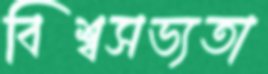
বিশ্বসভ্যতা